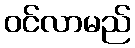
ဝင်လာမည်